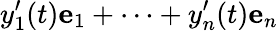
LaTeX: y_{1}^{\prime}(t)\mathbf{e}_{1}+\cdots+y_{n}^{\prime}(t)\mathbf{e}_{n}